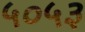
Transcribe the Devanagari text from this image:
५०५३